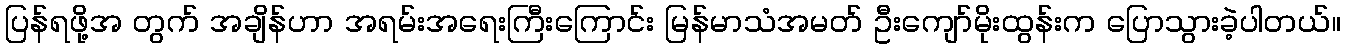
ပြန်ရဖို့အ တွက် အချိန်ဟာ အရမ်းအရေးကြီးကြောင်း မြန်မာသံအမတ် ဦးကျော်မိုးထွန်းက ပြောသွားခဲ့ပါတယ်။